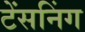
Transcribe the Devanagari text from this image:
टेंसनिंग